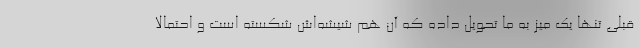
قبلی تنها یک میز به ما تحویل داده که آن هم شیشه‌اش شکسته است و احتمالا